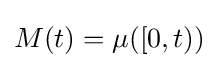
M(t)=\mu ([0,t))